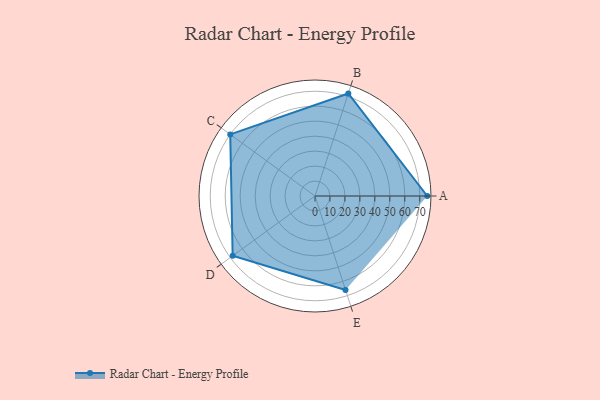
{"axis": {"x": "Skill", "y": "Score"}, "legend": ["Profile"], "data": [{"x": "A", "y": 75.0, "type": "Profile"}, {"x": "B", "y": 72.0, "type": "Profile"}, {"x": "C", "y": 70.0, "type": "Profile"}, {"x": "D", "y": 68.0, "type": "Profile"}, {"x": "E", "y": 66.0, "type": "Profile"}]}